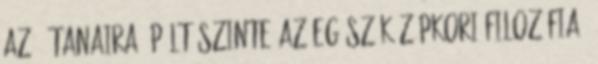
Az ő tanaira épült szinte az egész középkori filozófia,